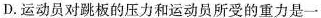
D.运动员对跳板的压力和运动员所受的重力是一